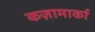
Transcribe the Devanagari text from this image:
कज़ामार्का